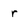
Character: r